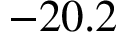
- 2 0 . 2